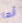
أنها